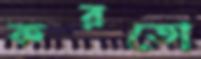
করতো